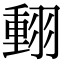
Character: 𦑝